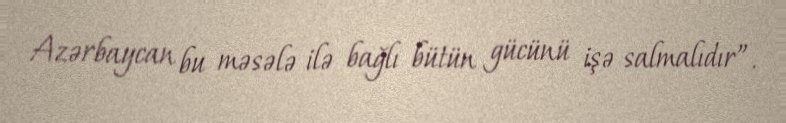
Azərbaycan bu məsələ ilə bağlı bütün gücünü işə salmalıdır”.